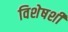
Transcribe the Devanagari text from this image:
विशेषशी